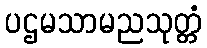
ပဌမသာမညသုတ္တံ